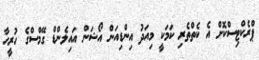
ޕްރެކްޓިސްކޮށް އެ ކެތްތެރި ކަމަކީ މިއަދު އިންޑިއަން އޯޝަން އައިލެންޑް ގޭމްސްގެ ހުރީހާ